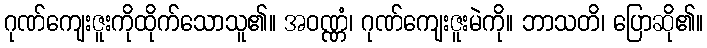
ဂုဏ်ကျေးဇူးကိုထိုက်သောသူ၏။ အဝဏ္ဏံ၊ ဂုဏ်ကျေးဇူးမဲကို။ ဘာသတိ၊ ပြောဆို၏။